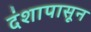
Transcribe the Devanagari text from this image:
दंशापासून